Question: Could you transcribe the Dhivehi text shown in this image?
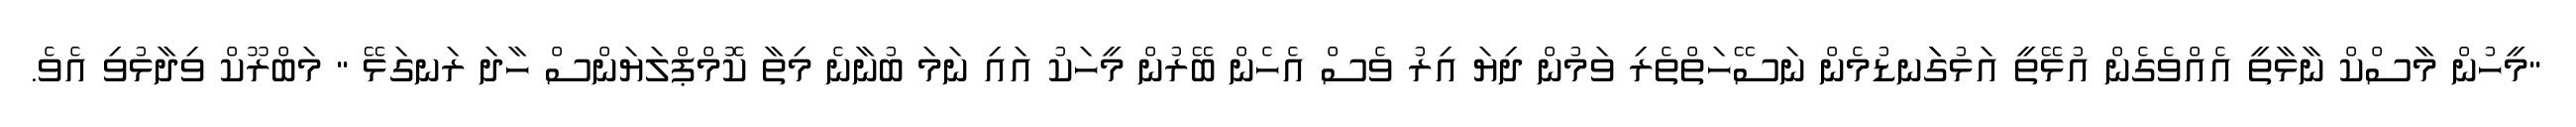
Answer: "މީހުން މާސްކް ނާޅާތީ އެއްވެގެން އުޅޭތީ އަޅުގަަނޑުމެން ނަސޭހަތްތެރި ވަމުން ދިޔަ އިރު ވެސް އެހެން ބޭރުން މީހަކު އައި ނަމަ ބުނާނެ މިތާ ކޮމްޕްލަޔަންސް ހާދަ ރަނގަޅޭ " މަބްރޫކް ވިދާޅުވި އެވެ.